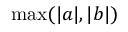
\operatorname* { m a x } ( | a | , | b | )